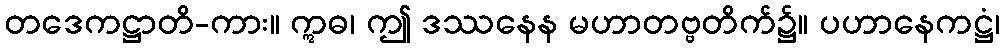
တဒေကဋ္ဌာတိ-ကား။ ဣဓ၊ ဤ ဒဿနေန မဟာတဗ္ဗတိက်၌။ ပဟာနေကဋ္ဌံ၊